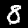
Digit: 8